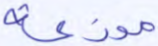
موزعة